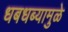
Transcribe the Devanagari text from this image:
धबधब्यामुळे